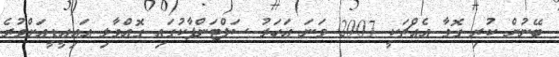
ބޭނުން ކުރި ގޮވާ އެއްޗަކީ 2007 ވަނަ އަހަރު ސަލްޓަންޕާކުގައި ގޮއްވާލި އައިއީޑީއަށްވުރެ